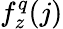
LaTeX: f_{z}^{q}(j)